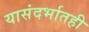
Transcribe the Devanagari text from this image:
यासंदर्भातही